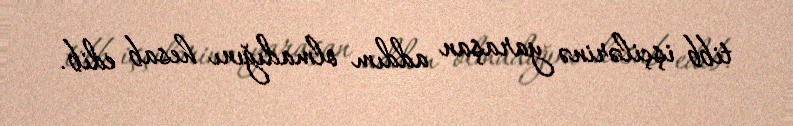
tibb işçilərinə yaraşan addım olmadığını hesab edib.